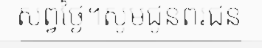
សព្វថ្ងៃ។សូមជូនពរជន